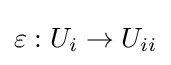
\varepsilon :U_{i}\to U_{ii}